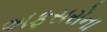
અફસરોના